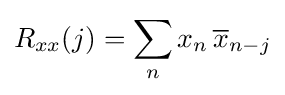
R_{xx}(j)=\sum _{n}x_{n}\,{\overline {x}}_{n-j}